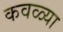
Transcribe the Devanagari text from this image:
कवळ्या